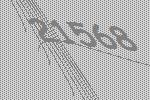
21568